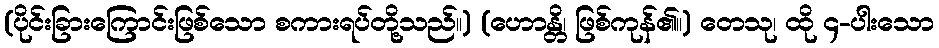
(ပိုင်းခြားကြောင်းဖြစ်သော စကားရပ်တို့သည်။) (ဟောန္တိ၊ ဖြစ်ကုန်၏။) တေသု၊ ထို ၄-ပါးသော